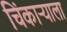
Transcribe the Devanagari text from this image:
चिंकाऱ्याला